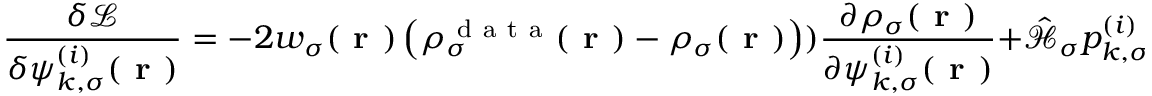
\frac { \delta \mathcal { L } } { \delta \psi _ { k , \sigma } ^ { ( i ) } ( \boldsymbol { \textbf { r } } ) } = - 2 w _ { \sigma } ( \boldsymbol { \textbf { r } } ) \left( \rho _ { \sigma } ^ { \mathrm { ~ d ~ a ~ t ~ a ~ } } ( \boldsymbol { \textbf { r } } ) - \rho _ { \sigma } ( \boldsymbol { \textbf { r } } ) \right) ) \frac { \partial \rho _ { \sigma } ( \boldsymbol { \textbf { r } } ) } { \partial \psi _ { k , \sigma } ^ { ( i ) } ( \boldsymbol { \textbf { r } } ) } + \hat { \mathcal { { H } } } _ { \sigma } p _ { k , \sigma } ^ { ( i ) } ( \boldsymbol { \textbf { r } } ) - \sum _ { j } ^ { m _ { k , \sigma } } p _ { j , \sigma } ^ { ( j ) } ( \boldsymbol { \textbf { r } } ) E _ { i j } + \sum _ { j = 1 } ^ { m _ { k , \sigma } } ( D _ { k , \sigma , i j } + D _ { k , \sigma , j i } ) \psi _ { k , \sigma } ^ { ( j ) } \, .